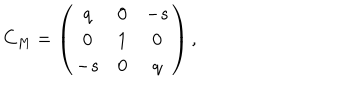
C _ { M } = \left( \begin{matrix} { { q } } & { { 0 } } & { { - s } } \\ { { 0 } } & { { 1 } } & { { 0 } } \\ { { - s } } & { { 0 } } & { { q } } \\ \end{matrix} \right) ,